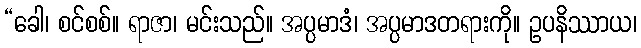
“ခေါ၊ စင်စစ်။ ရာဇာ၊ မင်းသည်။ အပ္ပမာဒံ၊ အပ္ပမာဒတရားကို။ ဥပနိဿာယ၊